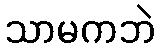
သာမကဘဲ